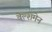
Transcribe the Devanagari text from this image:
वेल्शमेन